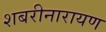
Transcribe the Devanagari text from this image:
शबरीनारायण